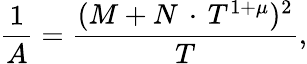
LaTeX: \frac{1}{A}=\frac{(M+N\, \cdot\, T^{1+\mu})^{2}}{T},